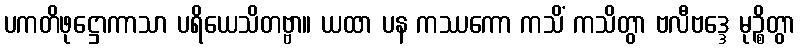
ပကတိဖုဋ္ဌောကာသာ ပရိယေသိတဗ္ဗာ။ ယထာ ပန ကဿကော ကသိံ ကသိတွာ ဗလီဗဒ္ဒေ မုဉ္စိတွာ